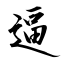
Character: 逼